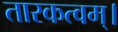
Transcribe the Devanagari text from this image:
तारकत्वम्।